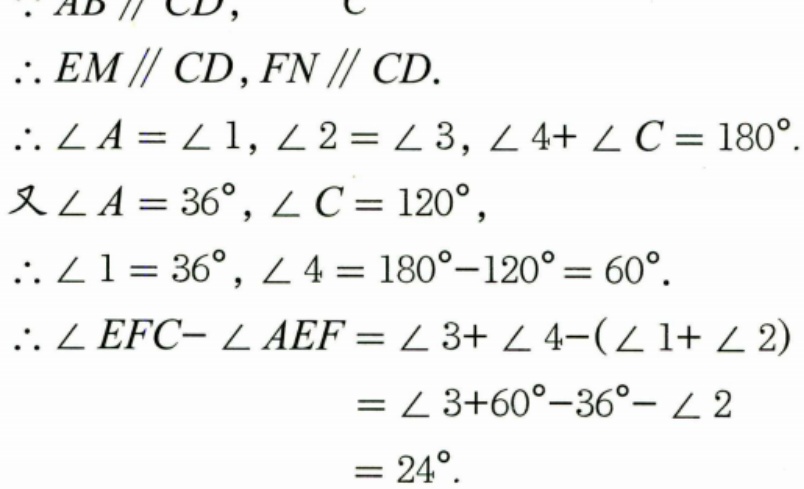
\(\because AB \parallel CD\)，
\(\therefore EM \parallel CD,FN \parallel CD\).
\(\therefore \angle A=\angle 1,\angle 2 = \angle 3,\angle 4+\angle C = 180^{\circ}\).
又\(\angle A = 36^{\circ},\angle C = 120^{\circ}\)，
\(\therefore \angle 1 = 36^{\circ},\angle 4 = 180^{\circ}-120^{\circ}=60^{\circ}\).
\(\therefore \angle EFC - \angle AEF=\angle 3+\angle 4 - (\angle 1+\angle 2)\)
\(=\angle 3 + 60^{\circ}-36^{\circ}-\angle 2\)
\(=24^{\circ}\).